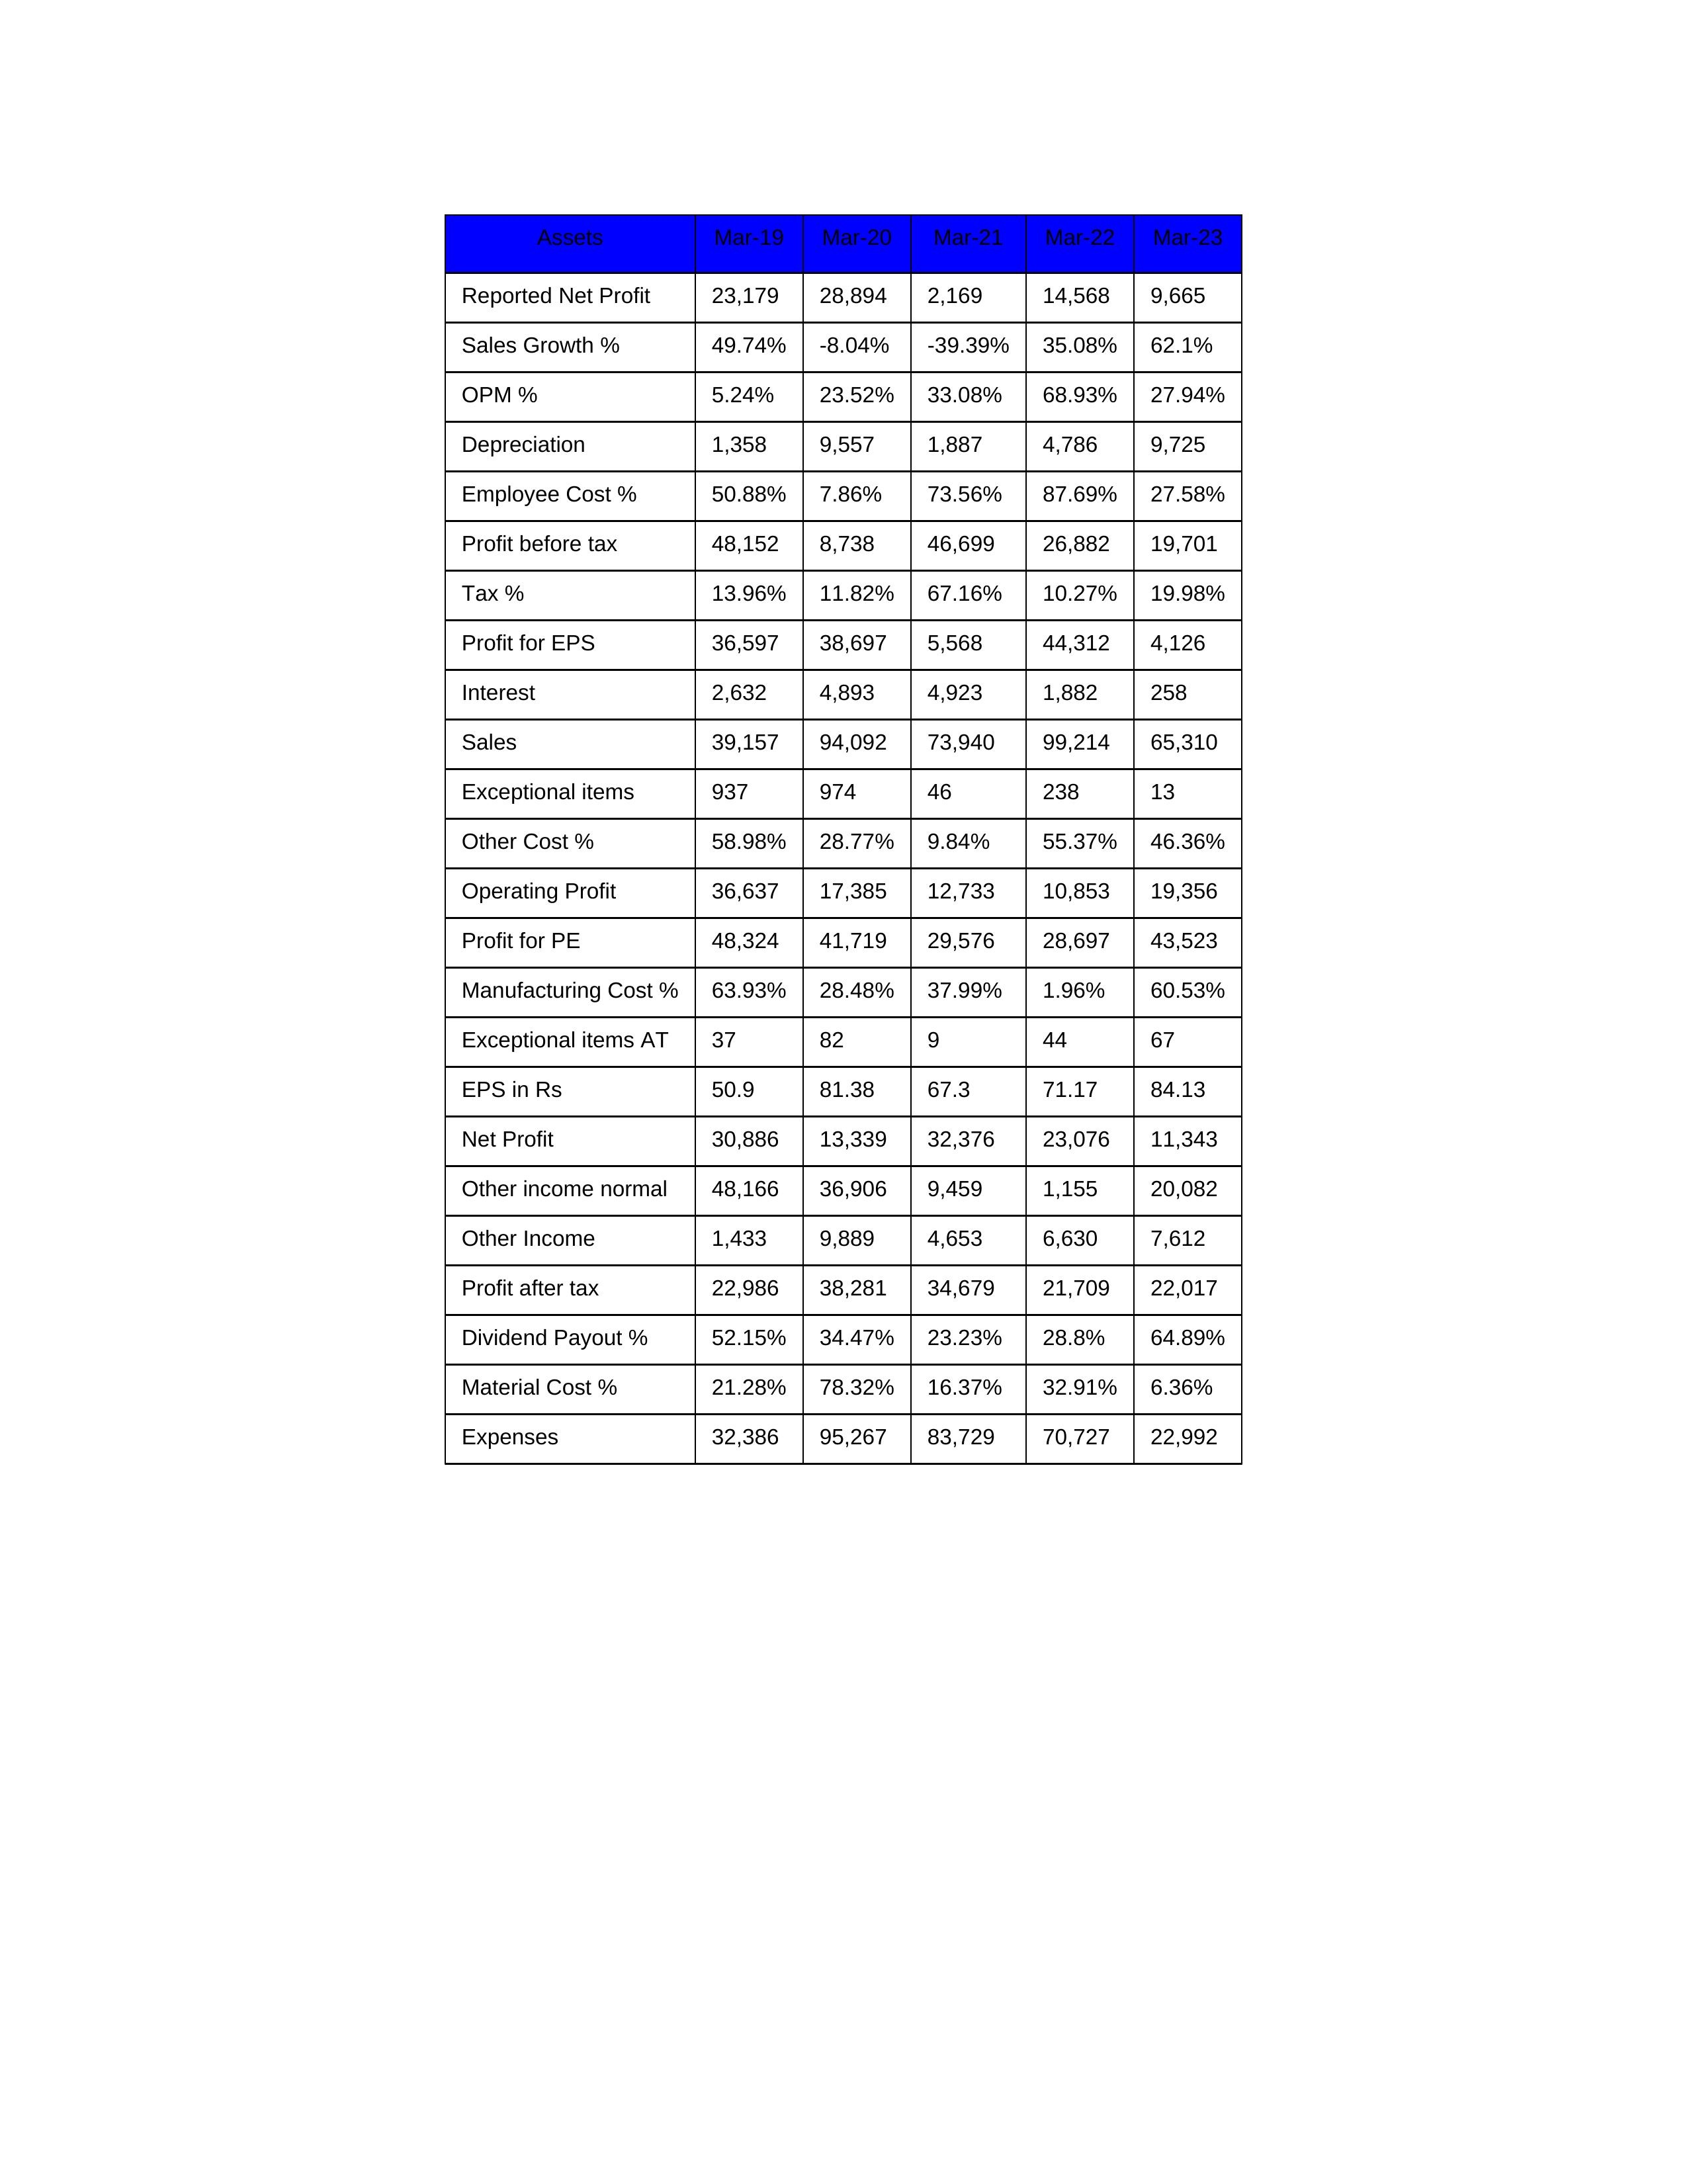
gt_parse: Mar-19: Sales: 39,157
Sales Growth %: 49.74%
Expenses: 32,386
Material Cost %: 21.28%
Manufacturing Cost %: 63.93%
Employee Cost %: 50.88%
Other Cost %: 58.98%
Operating Profit: 36,637
OPM %: 5.24%
Other Income: 1,433
Exceptional items: 937
Other income normal: 48,166
Interest: 2,632
Depreciation: 1,358
Profit before tax: 48,152
Tax %: 13.96%
Net Profit: 30,886
Profit after tax: 22,986
Reported Net Profit: 23,179
Profit for EPS: 36,597
Exceptional items AT: 37
Profit for PE: 48,324
EPS in Rs: 50.9
Dividend Payout %: 52.15%
Mar-20: Sales: 94,092
Sales Growth %: -8.04%
Expenses: 95,267
Material Cost %: 78.32%
Manufacturing Cost %: 28.48%
Employee Cost %: 7.86%
Other Cost %: 28.77%
Operating Profit: 17,385
OPM %: 23.52%
Other Income: 9,889
Exceptional items: 974
Other income normal: 36,906
Interest: 4,893
Depreciation: 9,557
Profit before tax: 8,738
Tax %: 11.82%
Net Profit: 13,339
Profit after tax: 38,281
Reported Net Profit: 28,894
Profit for EPS: 38,697
Exceptional items AT: 82
Profit for PE: 41,719
EPS in Rs: 81.38
Dividend Payout %: 34.47%
Mar-21: Sales: 73,940
Sales Growth %: -39.39%
Expenses: 83,729
Material Cost %: 16.37%
Manufacturing Cost %: 37.99%
Employee Cost %: 73.56%
Other Cost %: 9.84%
Operating Profit: 12,733
OPM %: 33.08%
Other Income: 4,653
Exceptional items: 46
Other income normal: 9,459
Interest: 4,923
Depreciation: 1,887
Profit before tax: 46,699
Tax %: 67.16%
Net Profit: 32,376
Profit after tax: 34,679
Reported Net Profit: 2,169
Profit for EPS: 5,568
Exceptional items AT: 9
Profit for PE: 29,576
EPS in Rs: 67.3
Dividend Payout %: 23.23%
Mar-22: Sales: 99,214
Sales Growth %: 35.08%
Expenses: 70,727
Material Cost %: 32.91%
Manufacturing Cost %: 1.96%
Employee Cost %: 87.69%
Other Cost %: 55.37%
Operating Profit: 10,853
OPM %: 68.93%
Other Income: 6,630
Exceptional items: 238
Other income normal: 1,155
Interest: 1,882
Depreciation: 4,786
Profit before tax: 26,882
Tax %: 10.27%
Net Profit: 23,076
Profit after tax: 21,709
Reported Net Profit: 14,568
Profit for EPS: 44,312
Exceptional items AT: 44
Profit for PE: 28,697
EPS in Rs: 71.17
Dividend Payout %: 28.8%
Mar-23: Sales: 65,310
Sales Growth %: 62.1%
Expenses: 22,992
Material Cost %: 6.36%
Manufacturing Cost %: 60.53%
Employee Cost %: 27.58%
Other Cost %: 46.36%
Operating Profit: 19,356
OPM %: 27.94%
Other Income: 7,612
Exceptional items: 13
Other income normal: 20,082
Interest: 258
Depreciation: 9,725
Profit before tax: 19,701
Tax %: 19.98%
Net Profit: 11,343
Profit after tax: 22,017
Reported Net Profit: 9,665
Profit for EPS: 4,126
Exceptional items AT: 67
Profit for PE: 43,523
EPS in Rs: 84.13
Dividend Payout %: 64.89%